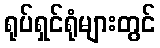
ရုပ်ရှင်ရုံများတွင်